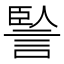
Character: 𧨭